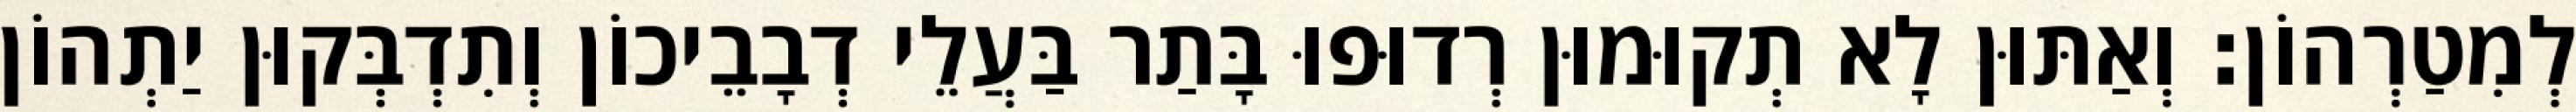
לְמִטַרְהוֹן׃ וְאַתּוּן לָא תְקוּמוּן רְדוּפוּ בָּתַר בַּעֲלֵי דְבָבֵיכוֹן וְתִדְבְּקוּן יַתְהוֹן